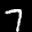
Label: 7